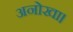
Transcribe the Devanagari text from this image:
अनोखा।